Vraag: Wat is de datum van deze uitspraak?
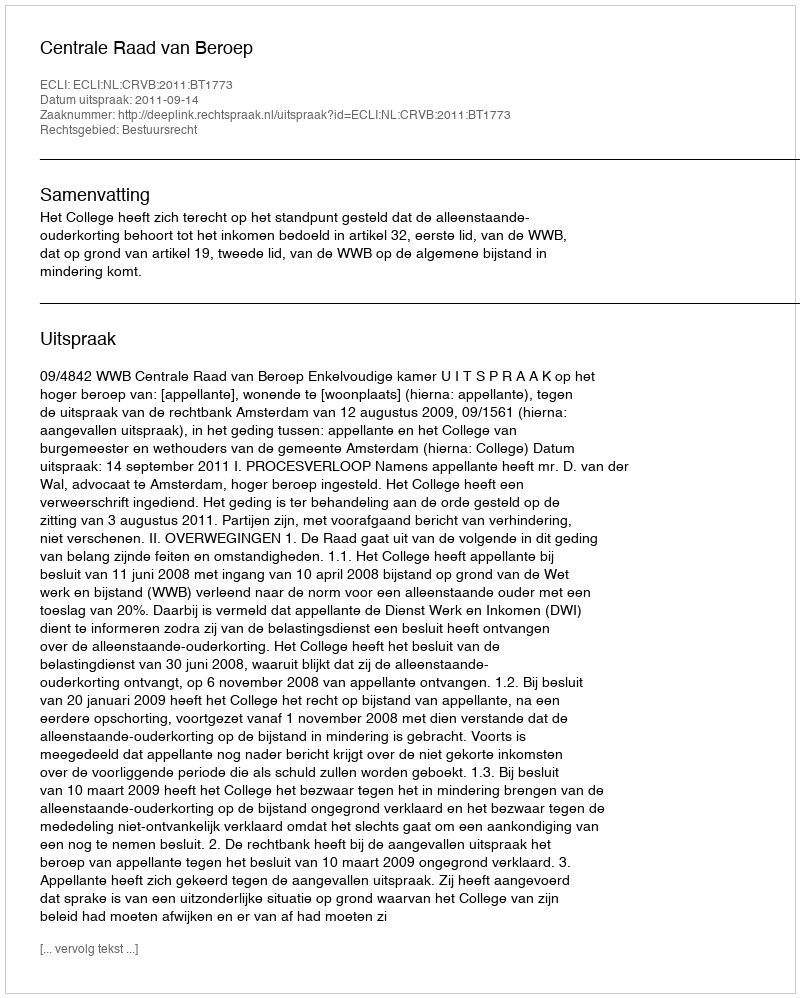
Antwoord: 2011-09-14